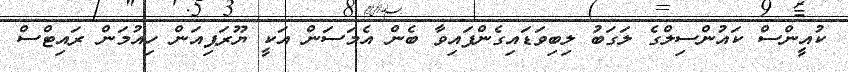
ކުއީންސް ކައުންސިލްގެ ލަގަބު ލިބިވަޑައިގެންފައިވާ ބެން އެމަސަން އަކީ ޔޫރަޕިއަން ހިއުމަން ރައިޓްސް